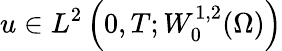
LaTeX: u\in L^{2}\left(0,T;W_{0}^{1,2}(\Omega)\right)